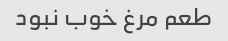
طعم مرغ خوب نبود